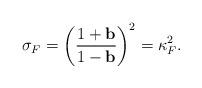
LaTeX: \begin{align*} \sigma_F =\left( \frac{1+\mathbf{b}}{1-\mathbf{b}}\right)^2=\kappa_F^2. \end{align*}